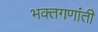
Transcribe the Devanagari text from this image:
भक्तगणांती